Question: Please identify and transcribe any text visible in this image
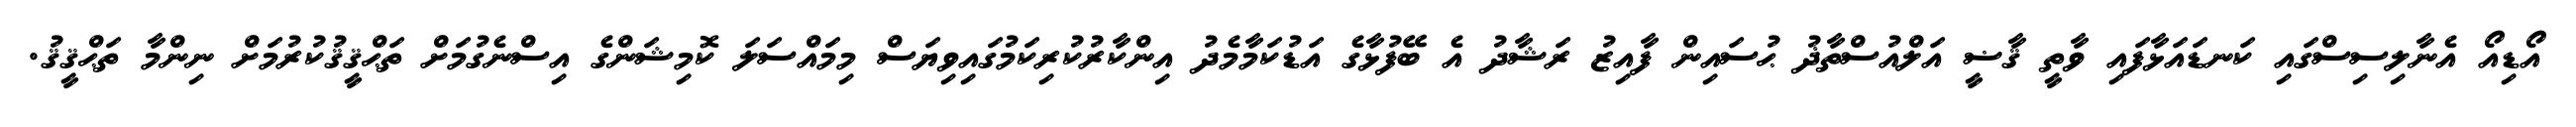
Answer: އޯޑިއޯ އެނާލިސިސްގައި ކަނޑައަޅާފައި ވާތީ ޤާޟީ އަލްއުސްތާޛު ޙުސައިން ފާއިޒު ރަޝާދު އެ ބޭފުޅާގެ އަޑުކަމާމެދު އިންކާރުކުރިކަމުގައިވިޔަސް މިމައްސަލަ ކޮމިޝަންގެ އިސްނެގުމަށް ތަޙްޤީޤުކުރުމަށް ނިންމާ ތަޙްޤީޤު.